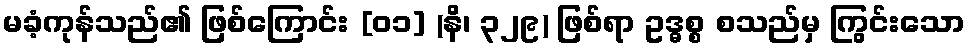
မခံ့ကုန်သည်၏ ဖြစ်ကြောင်း [၀၁] (နိ၊ ၃၂၉) ဖြစ်ရာ ဥဒ္ဓစ္စ စသည်မှ ကြွင်းသော